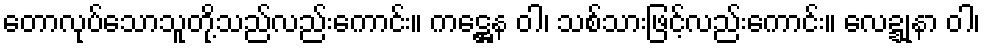
တောလုပ်သောသူတို့သည်လည်းကောင်း။ ကဋ္ဌေန ဝါ၊ သစ်သားဖြင့်လည်းကောင်း။ လေဍ္ဍုနာ ဝါ၊